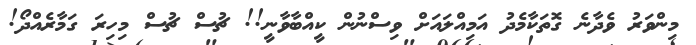
މިންވަރު ވެދާނެ ގޮތަކާމެދު އަމިއްލައަށް ވިސްނުން ކީއްބާވާނީ!! ޗުސް ޗުސް މިހިރަ ގަމާރެއްދޯ!